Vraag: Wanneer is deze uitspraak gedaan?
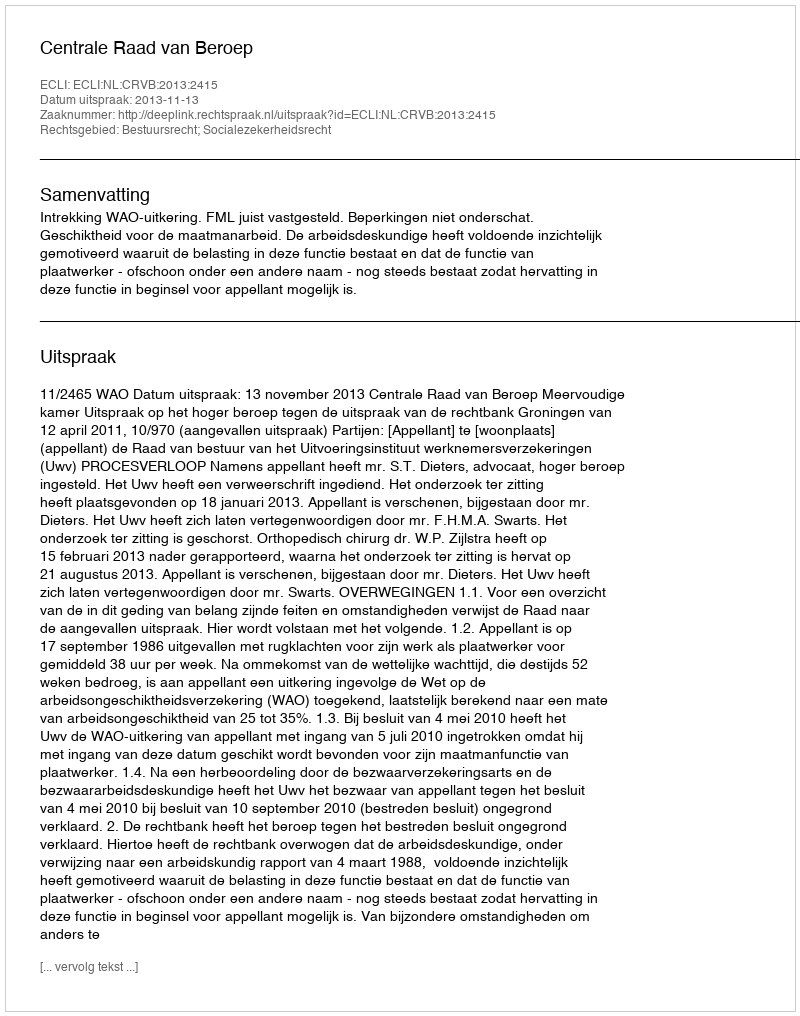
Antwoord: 2013-11-13